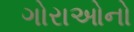
ગોરાઓનો